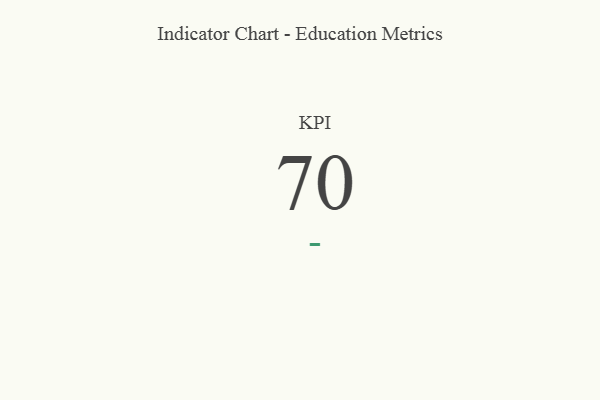
{"axis": {"x": "KPI", "y": "Value"}, "legend": [""], "data": [{"x": "KPI", "y": 70, "type": ""}]}